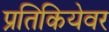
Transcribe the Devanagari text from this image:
प्रतिकियेवर